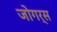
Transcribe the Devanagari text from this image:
जोगर्स